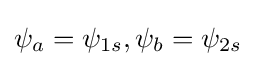
\psi _{a}=\psi _{1s},\psi _{b}=\psi _{2s}